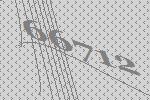
66712